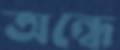
অন্ধে